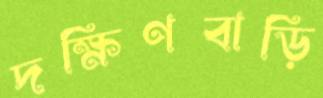
দক্ষিণবাড়ি